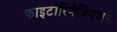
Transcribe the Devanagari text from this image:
फाइटोरिमेडिएशन